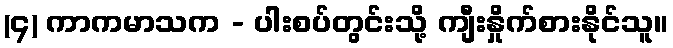
(၄) ကာကမာသက - ပါးစပ်တွင်းသို့ ကျီးနှိုက်စားနိုင်သူ။